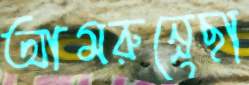
আমরুন্নেছা